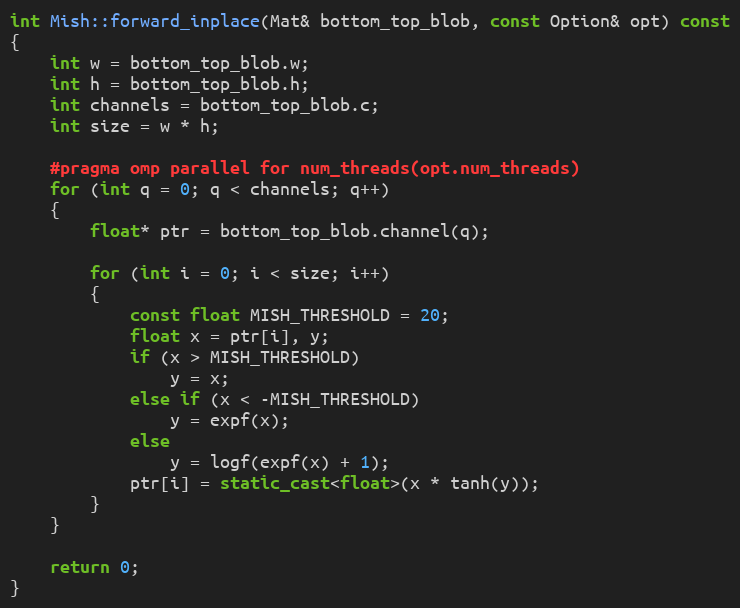
Language: C++
int Mish::forward_inplace(Mat& bottom_top_blob, const Option& opt) const
{
    int w = bottom_top_blob.w;
    int h = bottom_top_blob.h;
    int channels = bottom_top_blob.c;
    int size = w * h;

    #pragma omp parallel for num_threads(opt.num_threads)
    for (int q = 0; q < channels; q++)
    {
        float* ptr = bottom_top_blob.channel(q);

        for (int i = 0; i < size; i++)
        {
            const float MISH_THRESHOLD = 20;
            float x = ptr[i], y;
            if (x > MISH_THRESHOLD)
                y = x;
            else if (x < -MISH_THRESHOLD)
                y = expf(x);
            else
                y = logf(expf(x) + 1);
            ptr[i] = static_cast<float>(x * tanh(y));
        }
    }

    return 0;
}